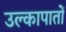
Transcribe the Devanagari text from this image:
उल्कापातों